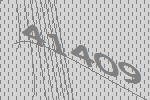
41409